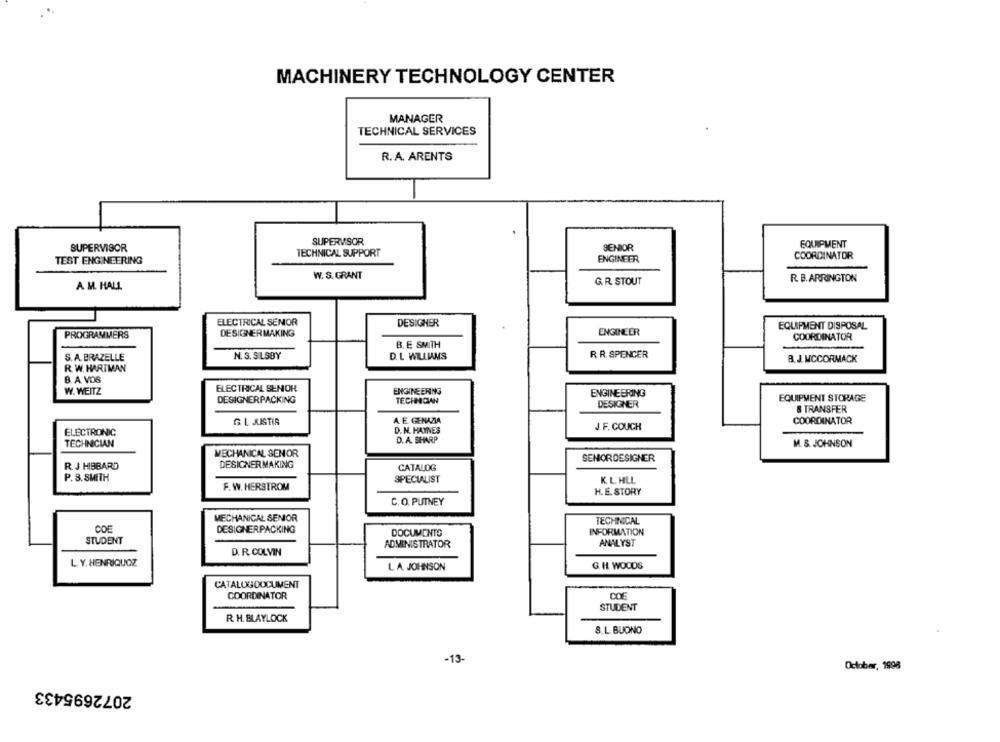
. ..
MACHINERY TECHNOLOGY CENTER
MANAGER
TECHNICAL SERVICES
R.A. ARENTS
SUPERVISOR
EQUIPMENT
SUPERVISOR
TECHNICAL SUPPORT
SENIOR
TEST ENGINEERING
ENGINEER
COORDINATOR
W. S. GRANT
G.R. STOUT
R. B. ARRINGTON
A M. HALL
ELECTRICAL SENOR
DESIGNER
EQUIPMENT DISPOSAL
DESIGNERMAKING
ENGINEER
PROGRAMMERS
COORDINATOR
B. E SMITH
S. A. BRAZELLE
N. S. S LSBY
D. L WILLIAMS
R R. SPENCER
B. J. MCCORMACK
R. W. HARTMAN
B. A VOS
W. WEITZ
ELECTRICAL SENIOR
ENGINEERING
ENGINEERING
DESIGNERPACKING
TECHNICIAN
EQUIPMENT STORAGE
DESIGNER
& TRANSFER
G.L JUSTIS
A E. GENAZIA
COORDINATOR
D. N. HAYNES
J.F. COUCH
ELECTRONIC
TECHNICIAN
D. A. SHARP
M. & JOHNSON
MECHANICAL SENOR
SENIORDESIGNER
R. J HIBBARD
DESIGNERMAKING
CATALOG
P. S. SMITH
SPECIALIST
KL HLL
F. W. HERSTROM
H.E. STORY
C.O. PUTNEY
MECHANICAL SENIOR
TECHNICAL
COF
DESIGNERPACKING
DOCUMENTO
INFORMATION
STUDENT
ANALYST
ADMINISTRATOR
D. R. COLVIN
L. Y. HENRIQUOZ
LA JOHNSON
G H WOODS
CATALOGDOCUMENT
COC
COORDINATOR
STUDENT
R. H. BLAYLOCK
S.L. BUONO
-13-
October, 1998
2072695433